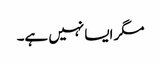
مگر ایسا نہیں ہے۔